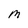
Character: m